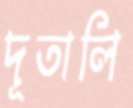
দূতালি